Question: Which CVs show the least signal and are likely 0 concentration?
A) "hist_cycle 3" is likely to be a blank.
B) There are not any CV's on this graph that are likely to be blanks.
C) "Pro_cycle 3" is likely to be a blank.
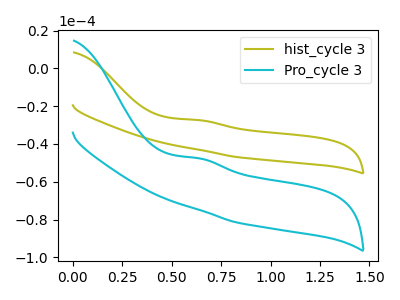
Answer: <think>The olive curve "hist_cycle 3" has an anodic peak at: (0.65V, -27.35uA). The cyan curve "Pro_cycle 3" has an anodic peak at: (0.65V, -47.55uA).</think>
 <answer>B) There are not any CV's on this graph that are likely to be blanks.</answer>
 <eval>B</eval>